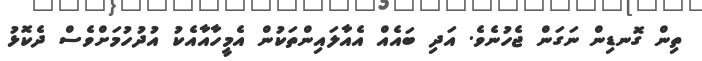
ތިން ގޮނޑިން ނަގަން ޖެހުނެވެ. އަދި ބައެއް އެއާލައިންތަކުން އެމީހާއާއެކު އުދުހުމަށްވެސް ދެކޮޅު